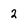
Character: 2